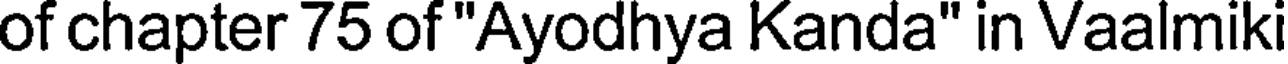
of chapter 75 of "Ayodhya Kanda" in Vaalmik